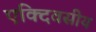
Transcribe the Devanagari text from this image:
एक्दिवसीय